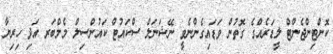
ކޮންޓިންޖެންޓް ލީޑަރެއްގެ ގޮތުން ވަޑައިގެންނެވީ ނޭޝަނަލް ސްކައުޓް ކައުންސިލް މެމްބަރ އަދި ހިރިޔާ